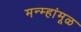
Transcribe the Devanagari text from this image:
मन्म्हांमूळ